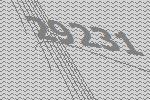
29231